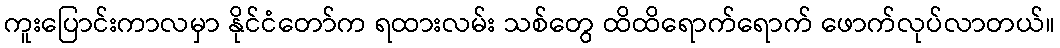
ကူးပြောင်းကာလမှာ နိုင်ငံတော်က ရထားလမ်း သစ်တွေ ထိထိရောက်ရောက် ဖောက်လုပ်လာတယ်။